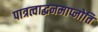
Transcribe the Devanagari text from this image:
पात्रत्वाद्धनमाप्नोति